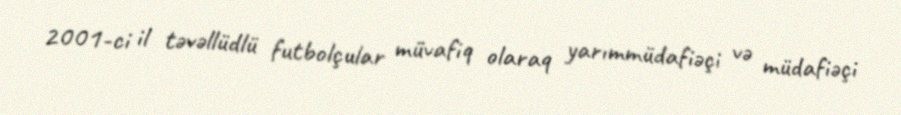
2001-ci il təvəllüdlü futbolçular müvafiq olaraq yarımmüdafiəçi və müdafiəçi